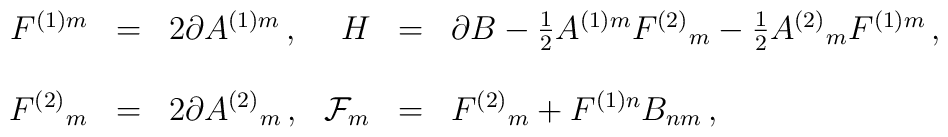
\begin{array}{rclrcl}F^{(1)m}&=&2\partial A^{(1)m}\, ,&H&=&\partial B -{\textstyle\frac{1}{2}}A^{(1)m}F^{(2)}{}_{m}-{\textstyle\frac{1}{2}}A^{(2)}{}_{m}F^{(1)m}\, ,\\& & & & & \\F^{(2)}{}_{m}&=&2\partial A^{(2)}{}_{m}\, ,&{\cal F}_{m}&=&F^{(2)}{}_{m} + F^{(1)n}B_{nm}\, ,\\\end{array}